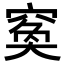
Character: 𥦺